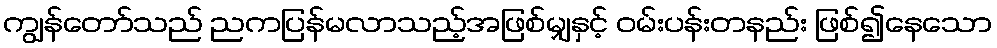
ကျွန်တော်သည် ညကပြန်မလာသည့်အဖြစ်မျှနှင့် ဝမ်းပန်းတနည်း ဖြစ်၍နေသော